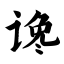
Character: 谗